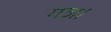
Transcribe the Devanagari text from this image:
गज।